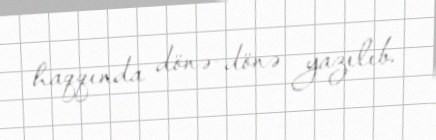
haqqında dönə-dönə yazılıb.